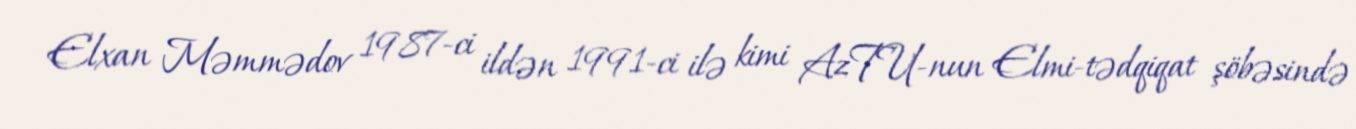
Elxan Məmmədov 1987-ci ildən 1991-ci ilə kimi AzTU-nun Elmi-tədqiqat şöbəsində